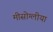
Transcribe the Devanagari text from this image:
मीसोग्लीया